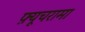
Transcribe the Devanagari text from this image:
फ़्यूचरामा